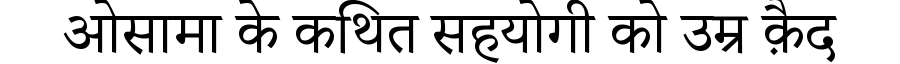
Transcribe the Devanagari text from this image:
ओसामा के कथित सहयोगी को उम्र क़ैद